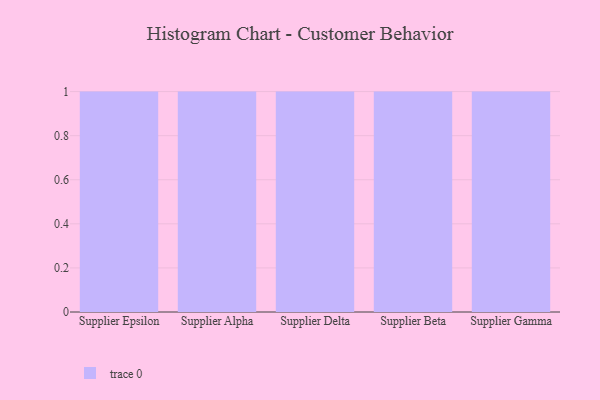
{"axis": {"x": "Supplier", "y": "Market Share (%)"}, "legend": [""], "data": [{"x": "Supplier Epsilon", "y": 45, "type": ""}, {"x": "Supplier Alpha", "y": 76, "type": ""}, {"x": "Supplier Delta", "y": 29, "type": ""}, {"x": "Supplier Beta", "y": 49, "type": ""}, {"x": "Supplier Gamma", "y": 17, "type": ""}]}